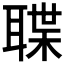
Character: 𮋶